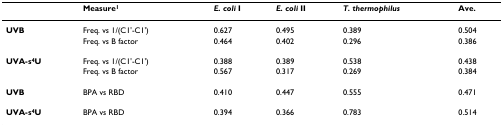
<table><thead><tr><td></td><td><b>Measure<sup>1</sup></b></td><td><b><i>E. coli </i>I</b></td><td><b><i>E. coli </i>II</b></td><td><b><i>T. thermophilus</i></b></td><td><b>Ave.</b></td></tr></thead><tbody><tr><td><b>UVB</b></td><td>Freq. vs 1/(C1&#x27;-C1&#x27;)</td><td>0.627</td><td>0.495</td><td>0.389</td><td>0.504</td></tr><tr><td></td><td>Freq. vs B factor</td><td>0.464</td><td>0.402</td><td>0.296</td><td>0.386</td></tr><tr><td><b>UVA-s<sup>4</sup>U</b></td><td>Freq. vs 1/(C1&#x27;-C1&#x27;)</td><td>0.388</td><td>0.389</td><td>0.538</td><td>0.438</td></tr><tr><td></td><td>Freq. vs B factor</td><td>0.567</td><td>0.317</td><td>0.269</td><td>0.384</td></tr><tr><td><b>UVB</b></td><td>BPA vs RBD</td><td>0.410</td><td>0.447</td><td>0.555</td><td>0.471</td></tr><tr><td><b>UVA-s<sup>4</sup>U</b></td><td>BPA vs RBD</td><td>0.394</td><td>0.366</td><td>0.783</td><td>0.514</td></tr></tbody></table>